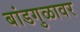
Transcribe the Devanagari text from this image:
बांडगुळावर